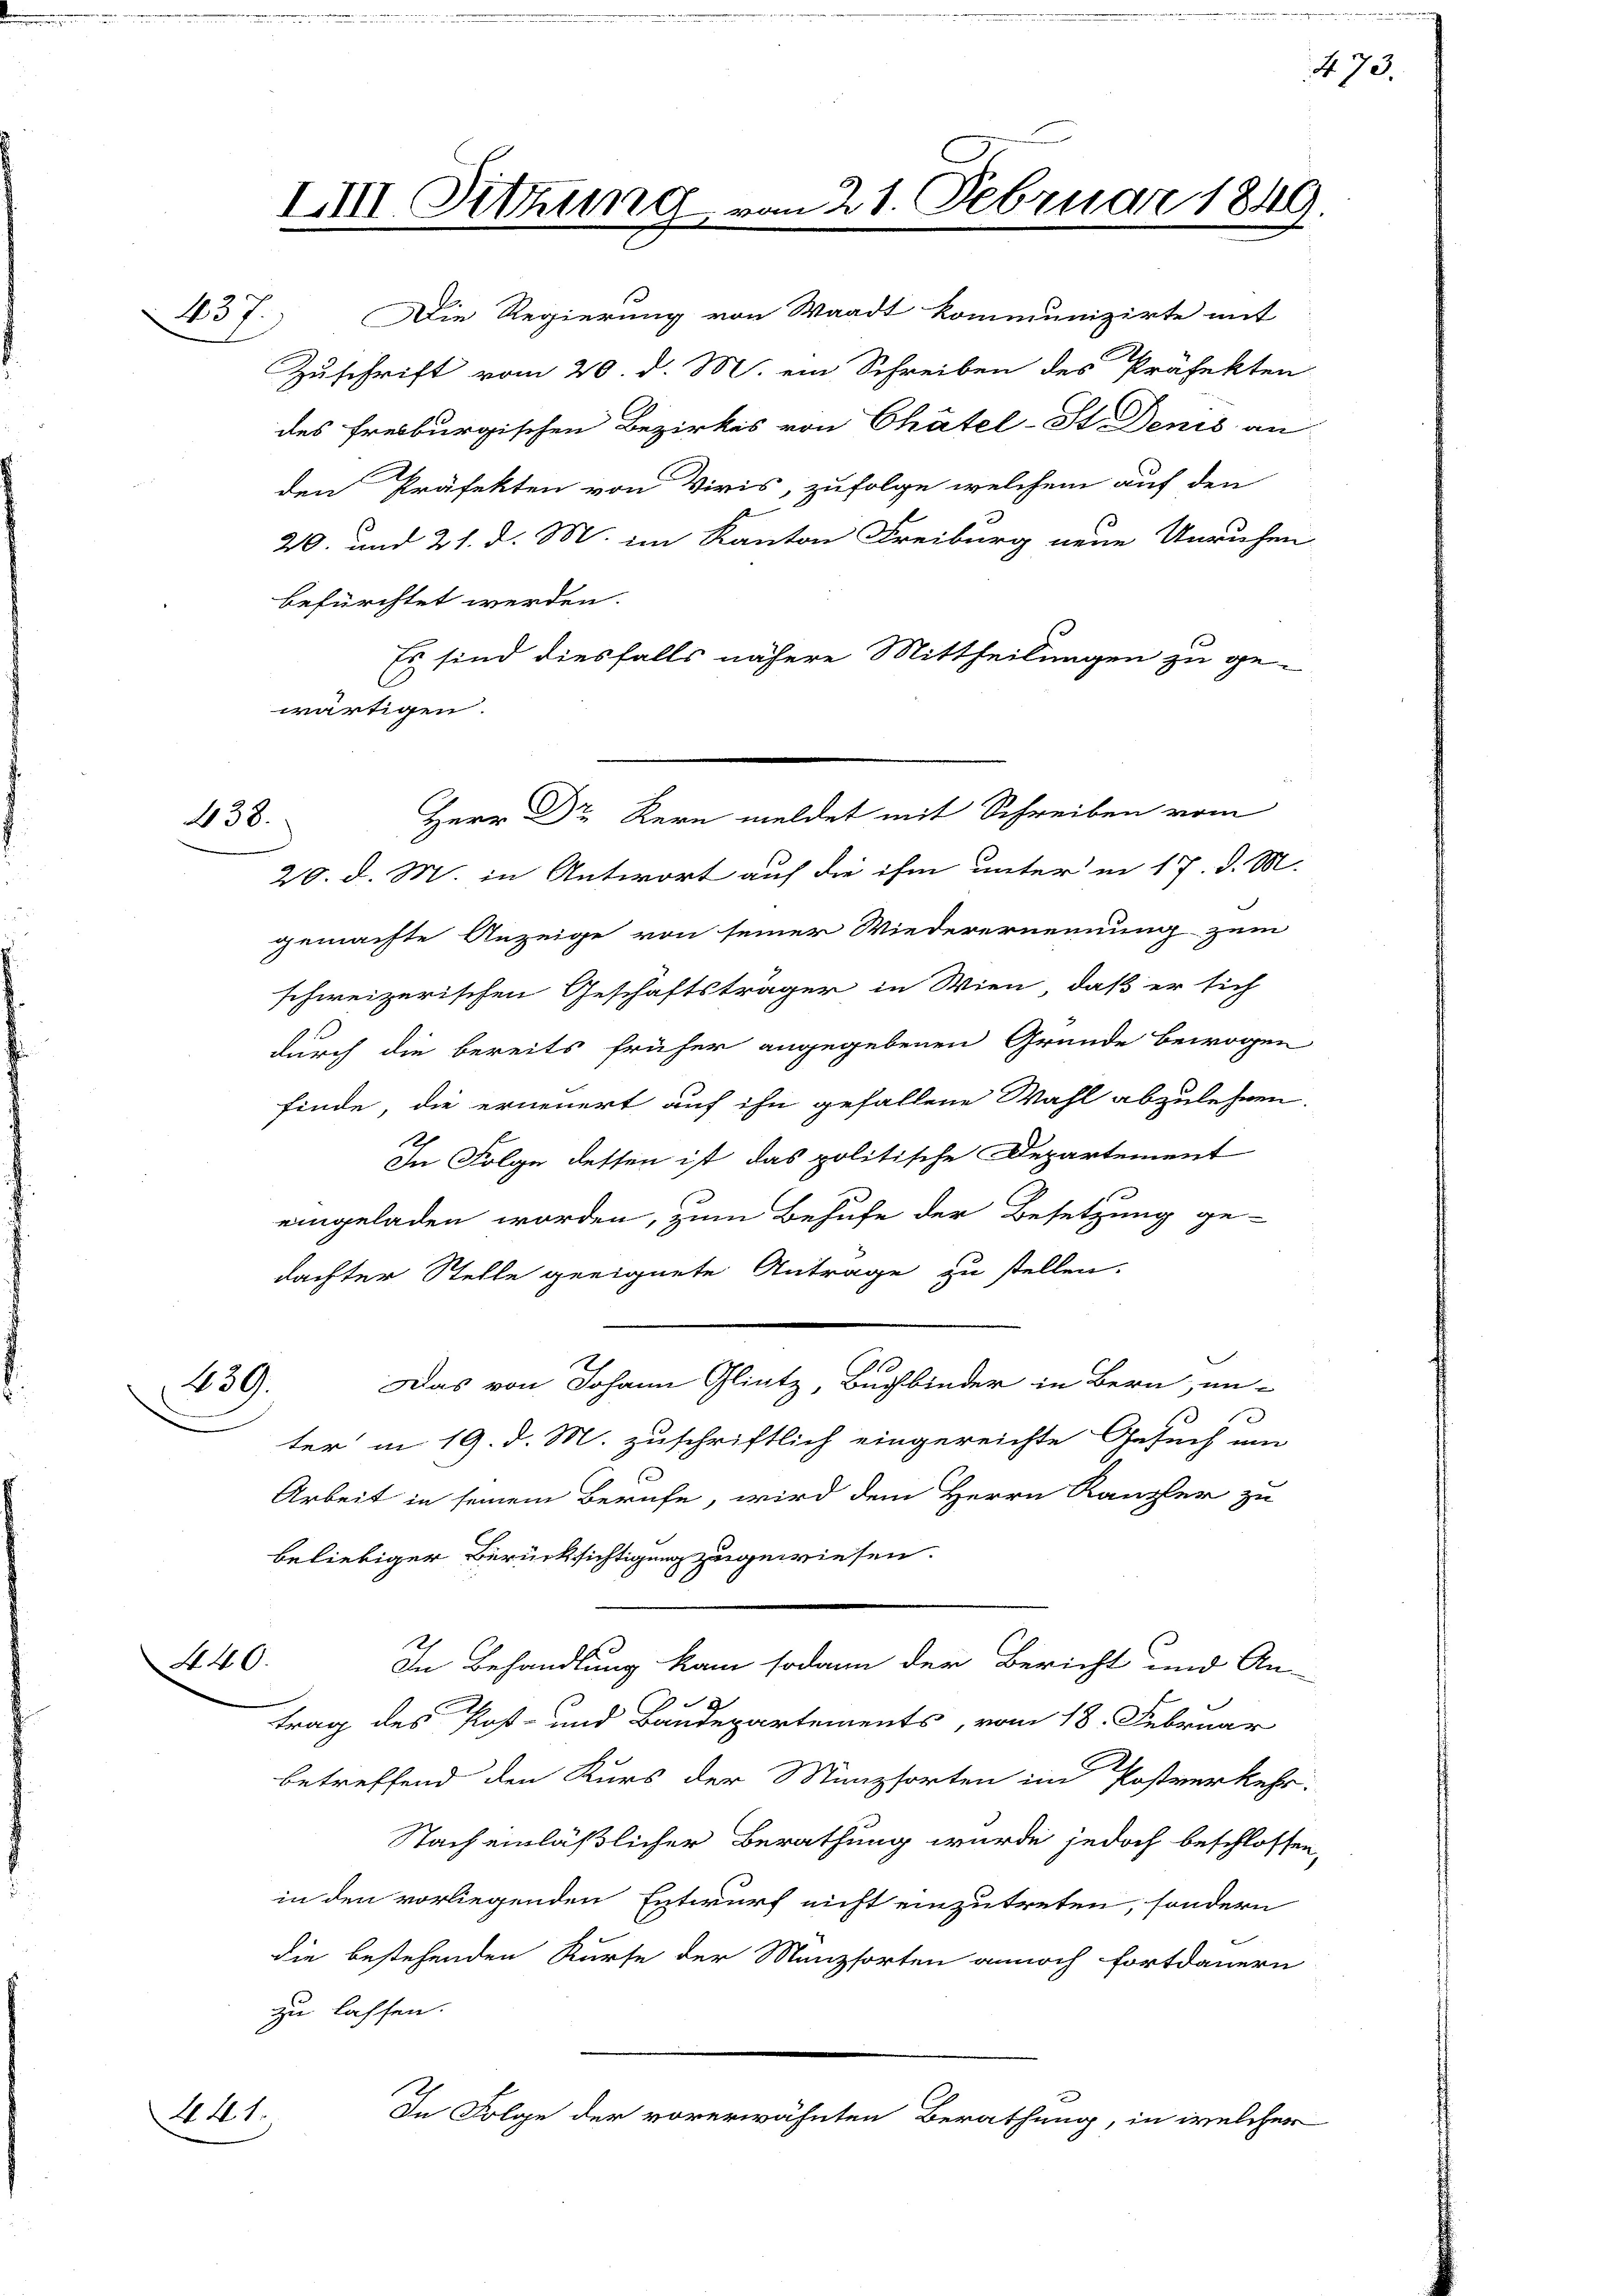
Herr Dr Kern meldet mit Schreiben vom
438.
20. d. M. in Antwort auf die ihm unter in 17. d. M.

III. Sitzung vom 21. Februar 1849.

437. Die Regierung von Waadt kommunizirte mit
Zuschrift vom 20. d. M. ein Schreiben des Präfekten
des Freiburgischen Bezirkes von Chätel-St Denis an
den Präfekten von Viris, zufolge welchem auf den
20. und 21. d. M. im Kanton Freiburg neue Unruhen
befürchtet werden.
Es sind diesfalls nähere Mittheilungen zu ge-
wärtigen.
gemachte Anzeige von seiner Wiederernennung zum
schweizerischen Geschäftsträger in Wien, daß er sich
durch die bereits früher angegebenen Grunde bewogen
finde, die erneuert auf ihn gefallene Wahl abzulehnen.
Ah
In Folge dessen ist das politische Departement
e
eingeladen worden, zum Behufe der Besetzung ge-
dachter Stelle geeignete Antrage zu stellen.
Das von Johann Glintz, Buchbinder in Bern, un-
439.
ter in 19. d. M. zuschriftlich eingereichte Gesuch um
Arbeit in seinem Berufe, wird dem Herrn Kanzler zu
beliebiger Berücksichtigung zugewiesen.
A 40.
In Behandlung kam sodann der Bericht und An-

trag des Post- und Bandepartements, vom 18. Februar
betreffend den Kurs der Münzsorten im Postverkehr.
Nach einläßlicher Berathung wurde jedoch beschlossen,
in den vorliegenden Entwurf nicht einzutreten, sondern
die bestehenden Kurse der Manzsorten annoch fortdauern
zu lassen.
In Folge der vorerwähnten Berathung, in welcher
441.

No. 73.